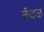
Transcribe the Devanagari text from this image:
केंदळ